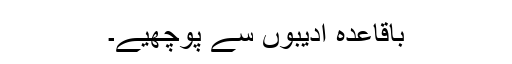
باقاعدہ ادیبوں سے پوچھیے۔